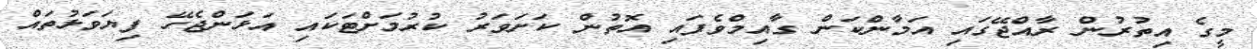
މީގެ އިތުރުން ރާއްޖޭގައި އަމާންކަން ގާއިމްވެފައި އޮތުން ކަށަވަރު ކުރުމަށްޓަކައި އަޅަންޖެހޭ ފިޔަވަޅުތައް